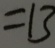
= 1 3